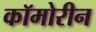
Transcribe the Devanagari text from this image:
कॉमोरीन